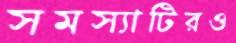
সমস্যাটিরও